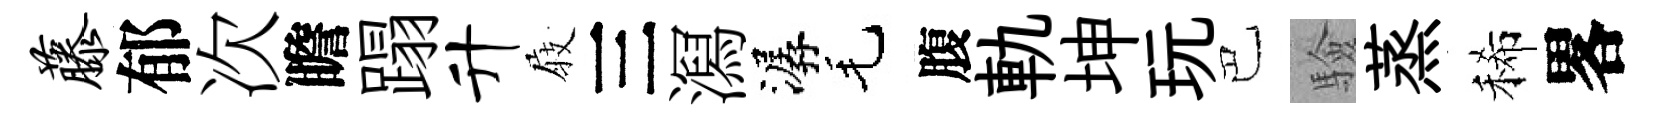
藤郁次瞻蹋升𡲆三㵼潺毛腹軌坤玩巴驗蒸稀畧